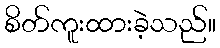
စိတ်ကူးထားခဲ့သည်။